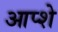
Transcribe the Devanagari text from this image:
आप्शे